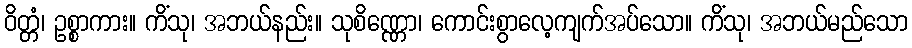
ဝိတ္တံ၊ ဥစ္စာကား။ ကိံသု၊ အဘယ်နည်း။ သုစိဏ္ဏော၊ ကောင်းစွာလေ့ကျက်အပ်သော။ ကိံသု၊ အဘယ်မည်သော